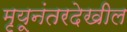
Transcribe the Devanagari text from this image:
मृयूनंतरदेखील